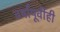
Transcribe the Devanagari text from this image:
वर्षांपूर्वीही